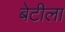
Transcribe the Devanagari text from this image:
बेटीला